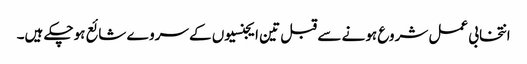
انتخابی عمل شروع ہونے سے قبل تین ایجنسیوں کے سروے شائع ہوچکے ہیں۔